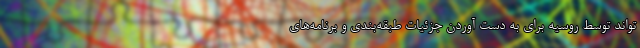
‌تواند توسط روسیه برای به دست آوردن جزئیات طبقه‌بندی و برنامه‌های